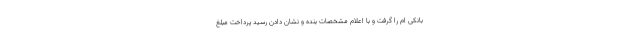
بانکی ام را گرفت و با اعلام مشخصات بنده و نشان دادن رسید پرداخت مبلغ